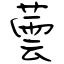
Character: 蕓